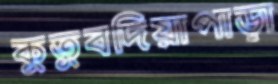
কুতুবদিয়াপাড়া